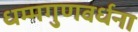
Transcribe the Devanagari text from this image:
धम्मगुणवर्धना